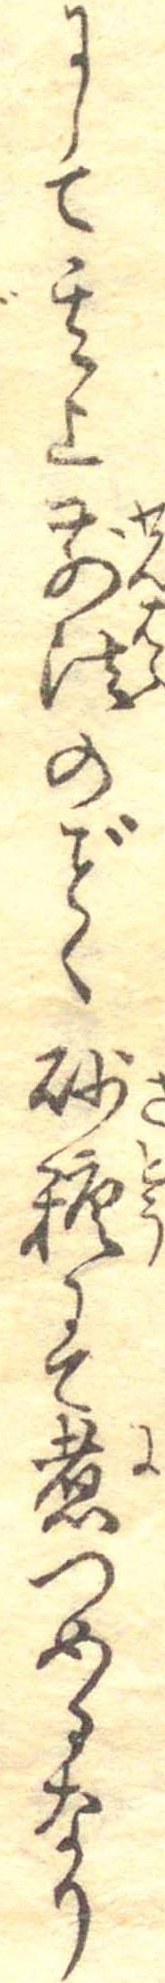
にして其上前法のく砂糖にて煮つめるなり